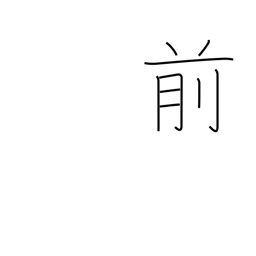
Meaning: in front